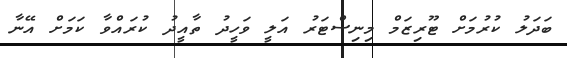
ބަދަލު ކުރުމަށް ޓޫރިޒަމް މިނިސްޓަރު އަލީ ވަހީދު ތާއީދު ކުރައްވާ ކަމަށް އޭނާ